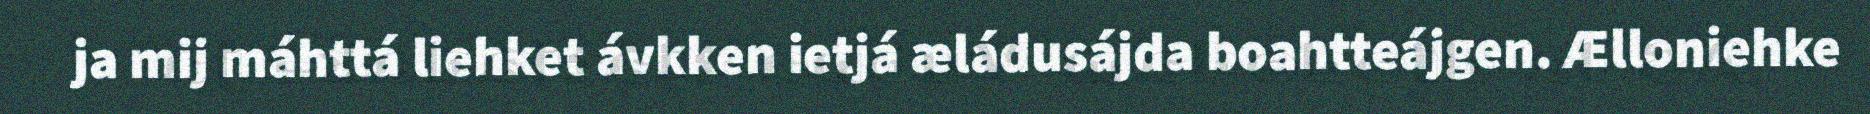
ja mij máhttá liehket ávkken ietjá æládusájda boahtteájgen. Ælloniehke